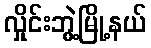
လှိုင်းဘွဲ့မြို့နယ်